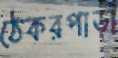
ঠেকরপাড়া